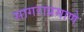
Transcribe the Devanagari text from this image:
सागराप्रमाणे